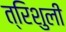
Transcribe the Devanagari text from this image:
त्रिशुली